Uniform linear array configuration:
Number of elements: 24
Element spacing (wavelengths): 1
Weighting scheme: blackman
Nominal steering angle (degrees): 45
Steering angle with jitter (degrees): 46.922
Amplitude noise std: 0.05
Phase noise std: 0.05

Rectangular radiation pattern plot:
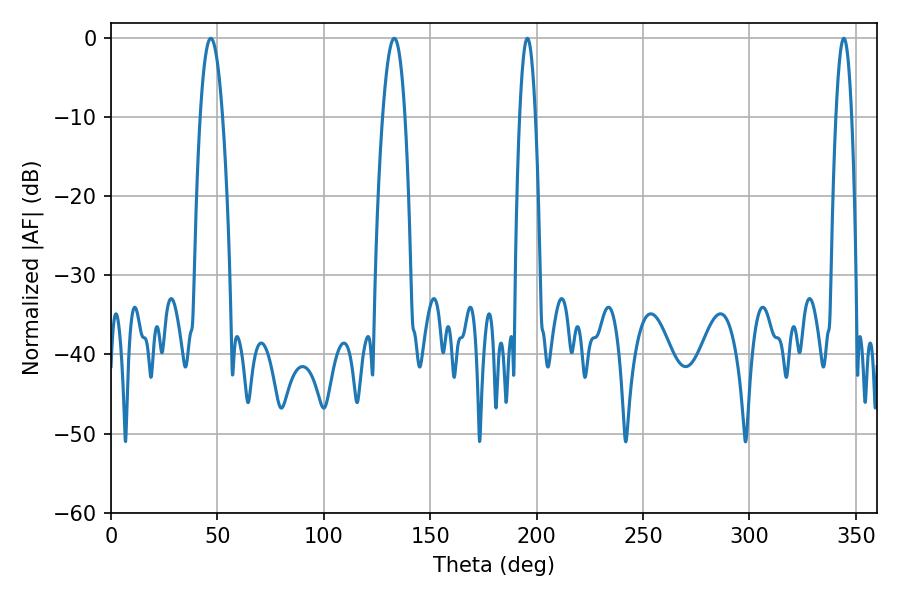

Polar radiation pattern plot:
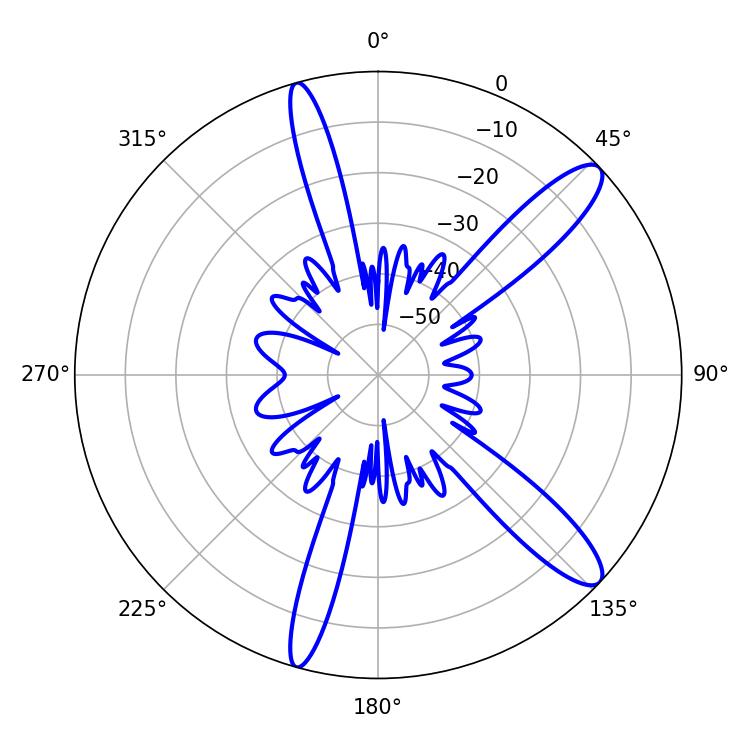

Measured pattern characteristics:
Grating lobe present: TRUE
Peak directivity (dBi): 12.306
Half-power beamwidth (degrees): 3.96
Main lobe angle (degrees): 195.66